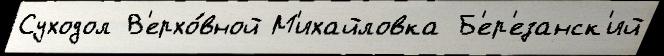
Суходол В'ерхо́вной М'ихайловка Б'ер'езанск'ий